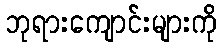
ဘုရားကျောင်းများကို